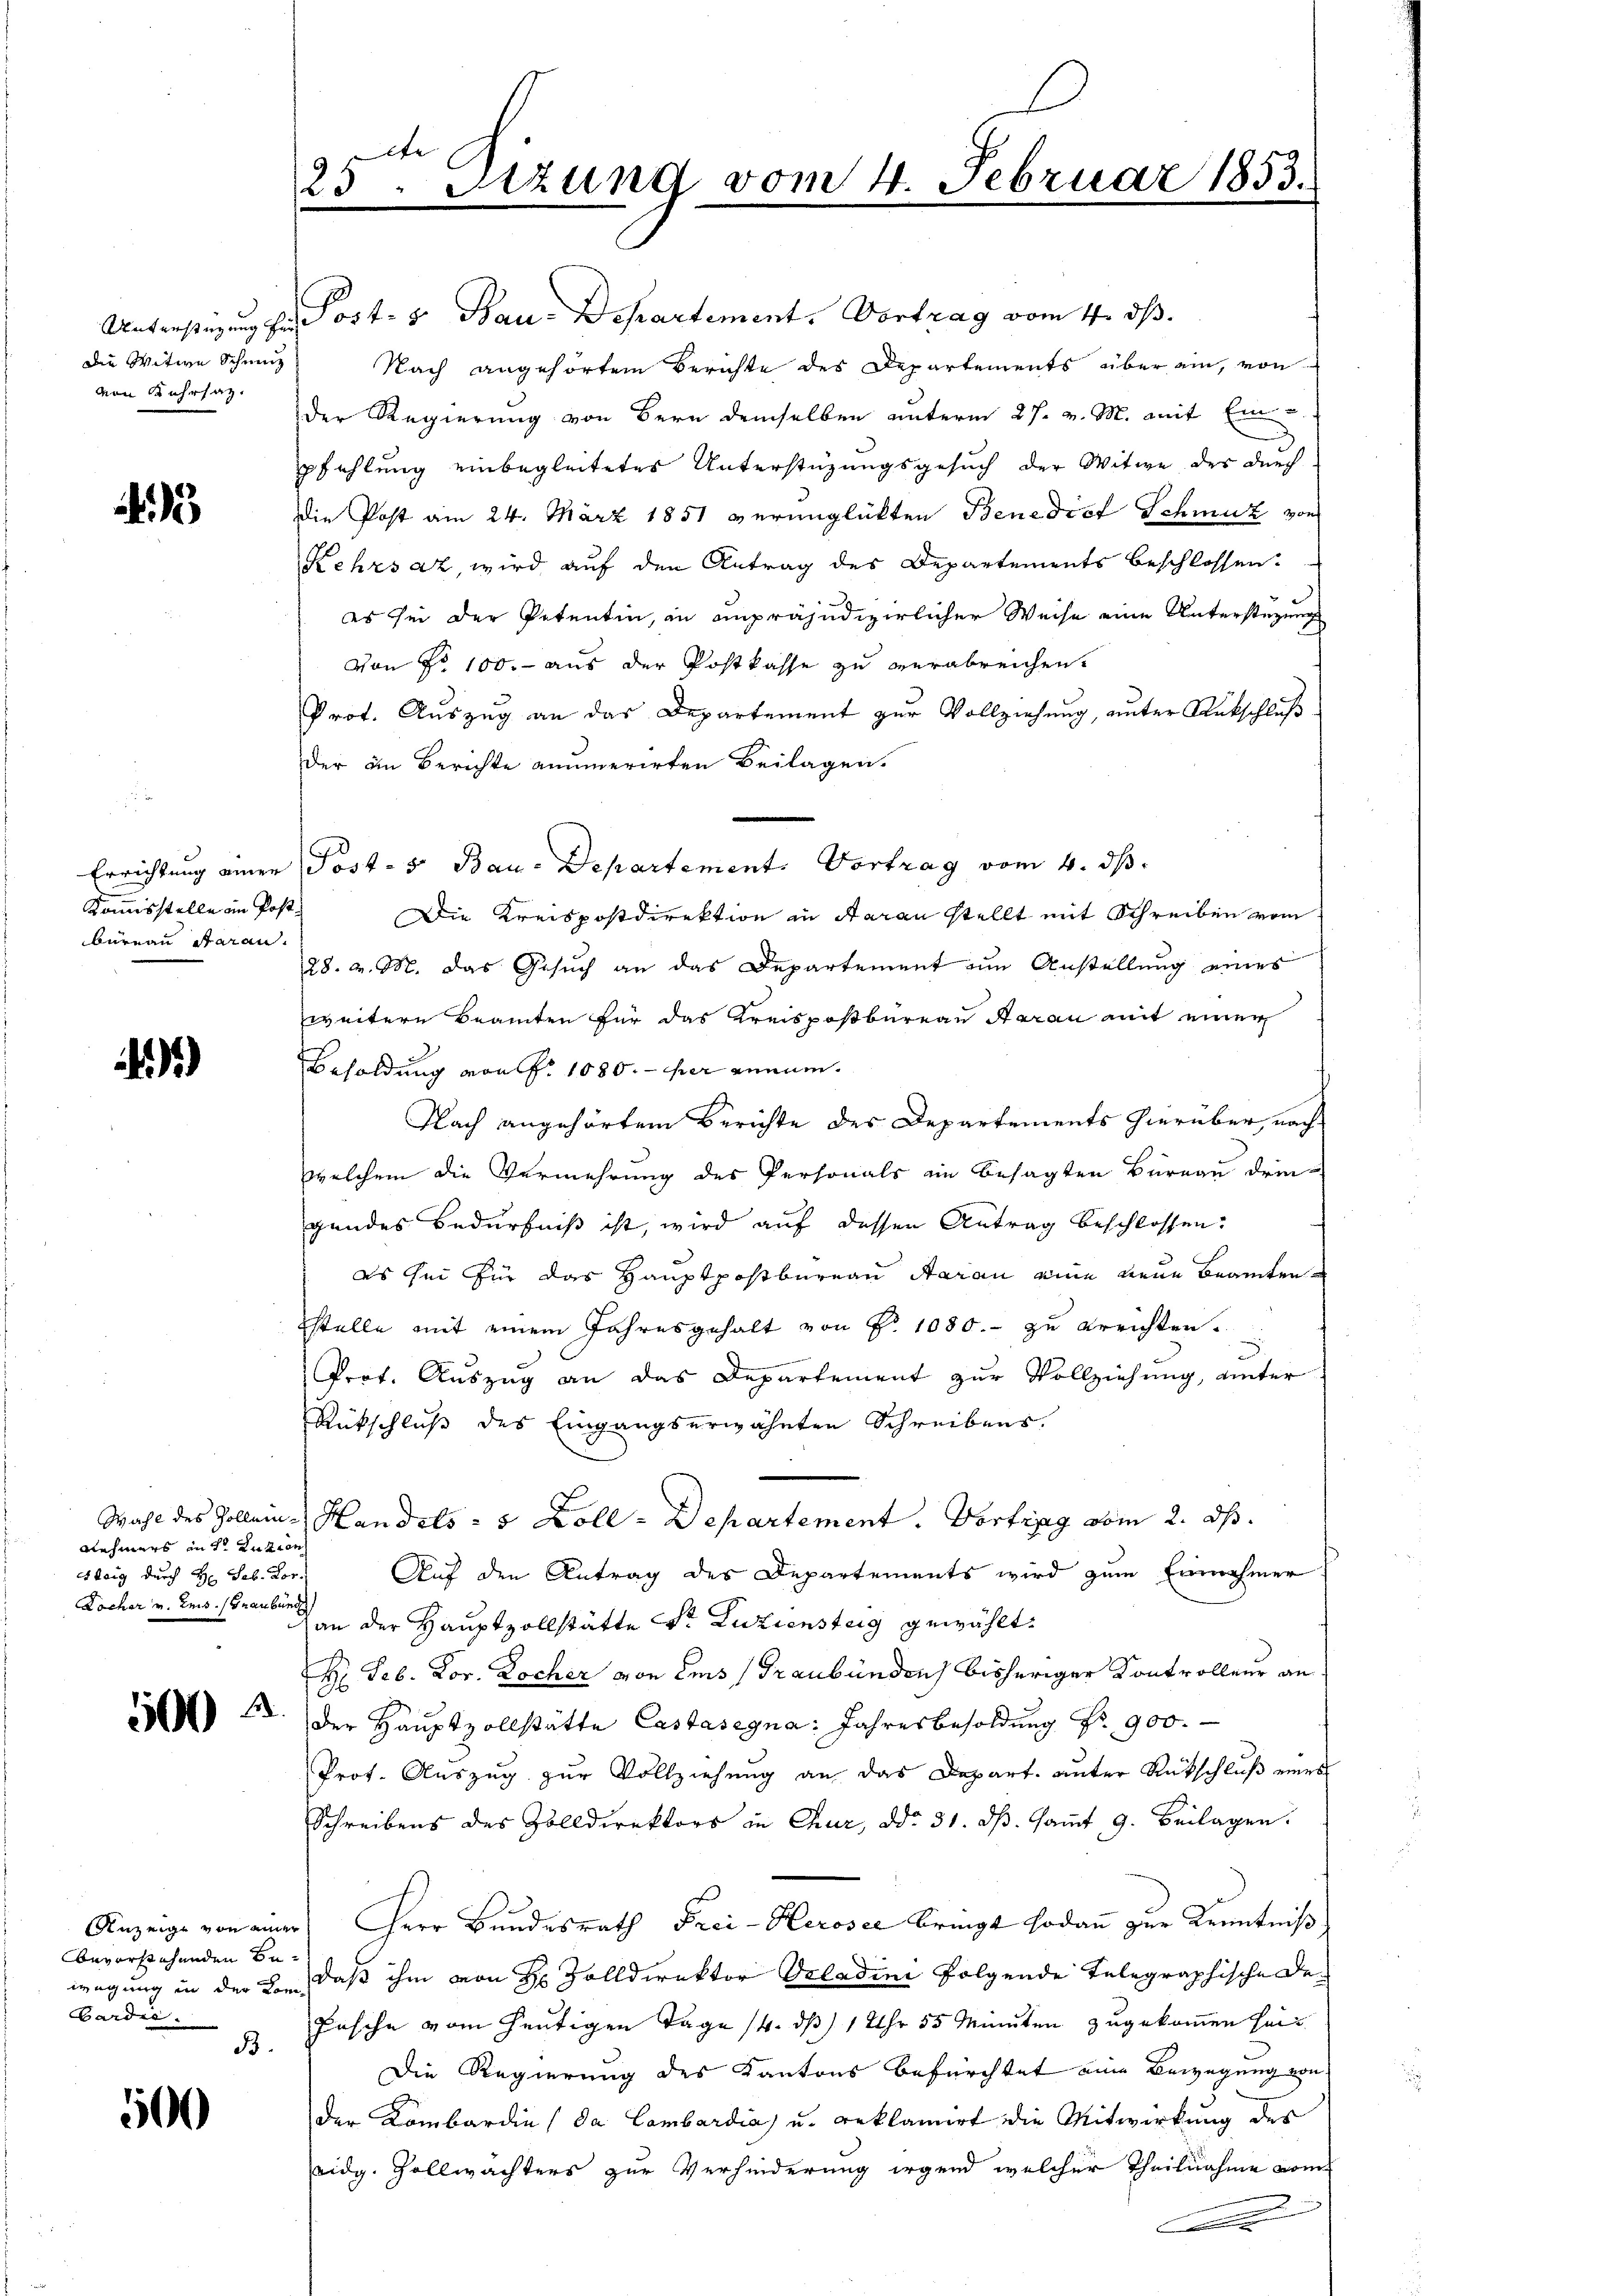
Die Witwe Scheinz
ven Kuhrsaz.

3

Kommisstelle in Post
bureau daran.

)

nehmers in der Zuzien
Steig durch H: Sob. Vor¬
Locher v. Leis. (Graubünd
10

bevorstehenden Be¬
Gardić.
B.

500

25. Sitzung vom 4. Februar 1853.

Untrestigung zu Post- & Bau-Departement. Vortrag vom 4. ds.
Nach angehörtem Berichte des Departements über ein, von
der Regierung von Bern demselben unterm 27. v. M. mit Ein
pfehlung einbegleitetes Unterstüzungsgesuch der Witwe des durch
ie Post am 24. März 1851 verunglükten Benedict Schmuz von
Kehrsaz, wird auf den Antrag des Departements beschlossen:
es sei der Petentin, an unpräjudizierlicher Weise eine Unterstüzung
von No 100. aus der Postkasse zu verabreichen.
Prot. Auszug an das Departement zur Vollziehung, unter Rückschluß
der in Berichte anumerirten Beilagen.
Errichtung einer Post- 5. Bau-Departement. Vortrag vom 4. ds.
Die Kreispostdirektion in Aarau stellt mit Schreiben vom
28. v. M. das Gesuch an das Departement um Anstellung eines
weitere Beamten für das Kreispostbureau daran mit einer
Besoldung von P. 1080. er annum
Nach angehörtem Berichte des Departements hierüber, nach
welchem die Vermehrung des Personals im besagten Bureau drin-
gendes Bedürfniß ist, wird auf dessen Antrag beschlossen:
es sei für das Hauptpostbureau daran eine neue Beamten
stelle mit einem Jahresgehalt von Nr. 1080.- zu ereichten.
Prof. Auszug an das Departement zur Vollziehung, unter
Rückschluß des Eingangserwähnten Schreibens.
Wahl des Zolleine Handels - 5 Zoll-Departement. Vortrag vom 2. ds.
Auf den Antrag des Departements wird zum Einnahmer
Man der Hauptzollstätte Dr. Luziensteig gewählt.
H. Feb. Lor. Kocher von Ems (Graubünden bisheriger Kontrolleur an.
der Hauptzollstätte Castasegna: Jahresbesoldung Nr. 900.
Prot. Auszug zur Vollziehung an das Depart. unter Rückschluß eines
Schreibens des Zolldirektors in Chur, ddo 31. dβ. saṁt 9. Beilagen.
Anzeige von einer Herr Bundesrath Frei-Heroser bringt sodann zur Kenntniß
wegung in der Bor, daß ihm von Hr. Zolldirektor Orladini folgende Telegraphische De-
Fasche vom heutigen Tage 14. ds 1 Uhr 55 Minuten zugekommen sei¬
Die Regierung des Kantons befürchtet eine Bewegung von
der Kombardin (da Cambardia u. reklamirt die Mitwirkung des
eidg. Gollwachters zur Verhinderung irgend welcher Theilnahme vom
.